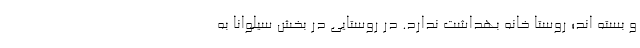
و بسته اند؛ روستا خانه بهداشت ندارد. در روستایی در بخش سیلوانا به